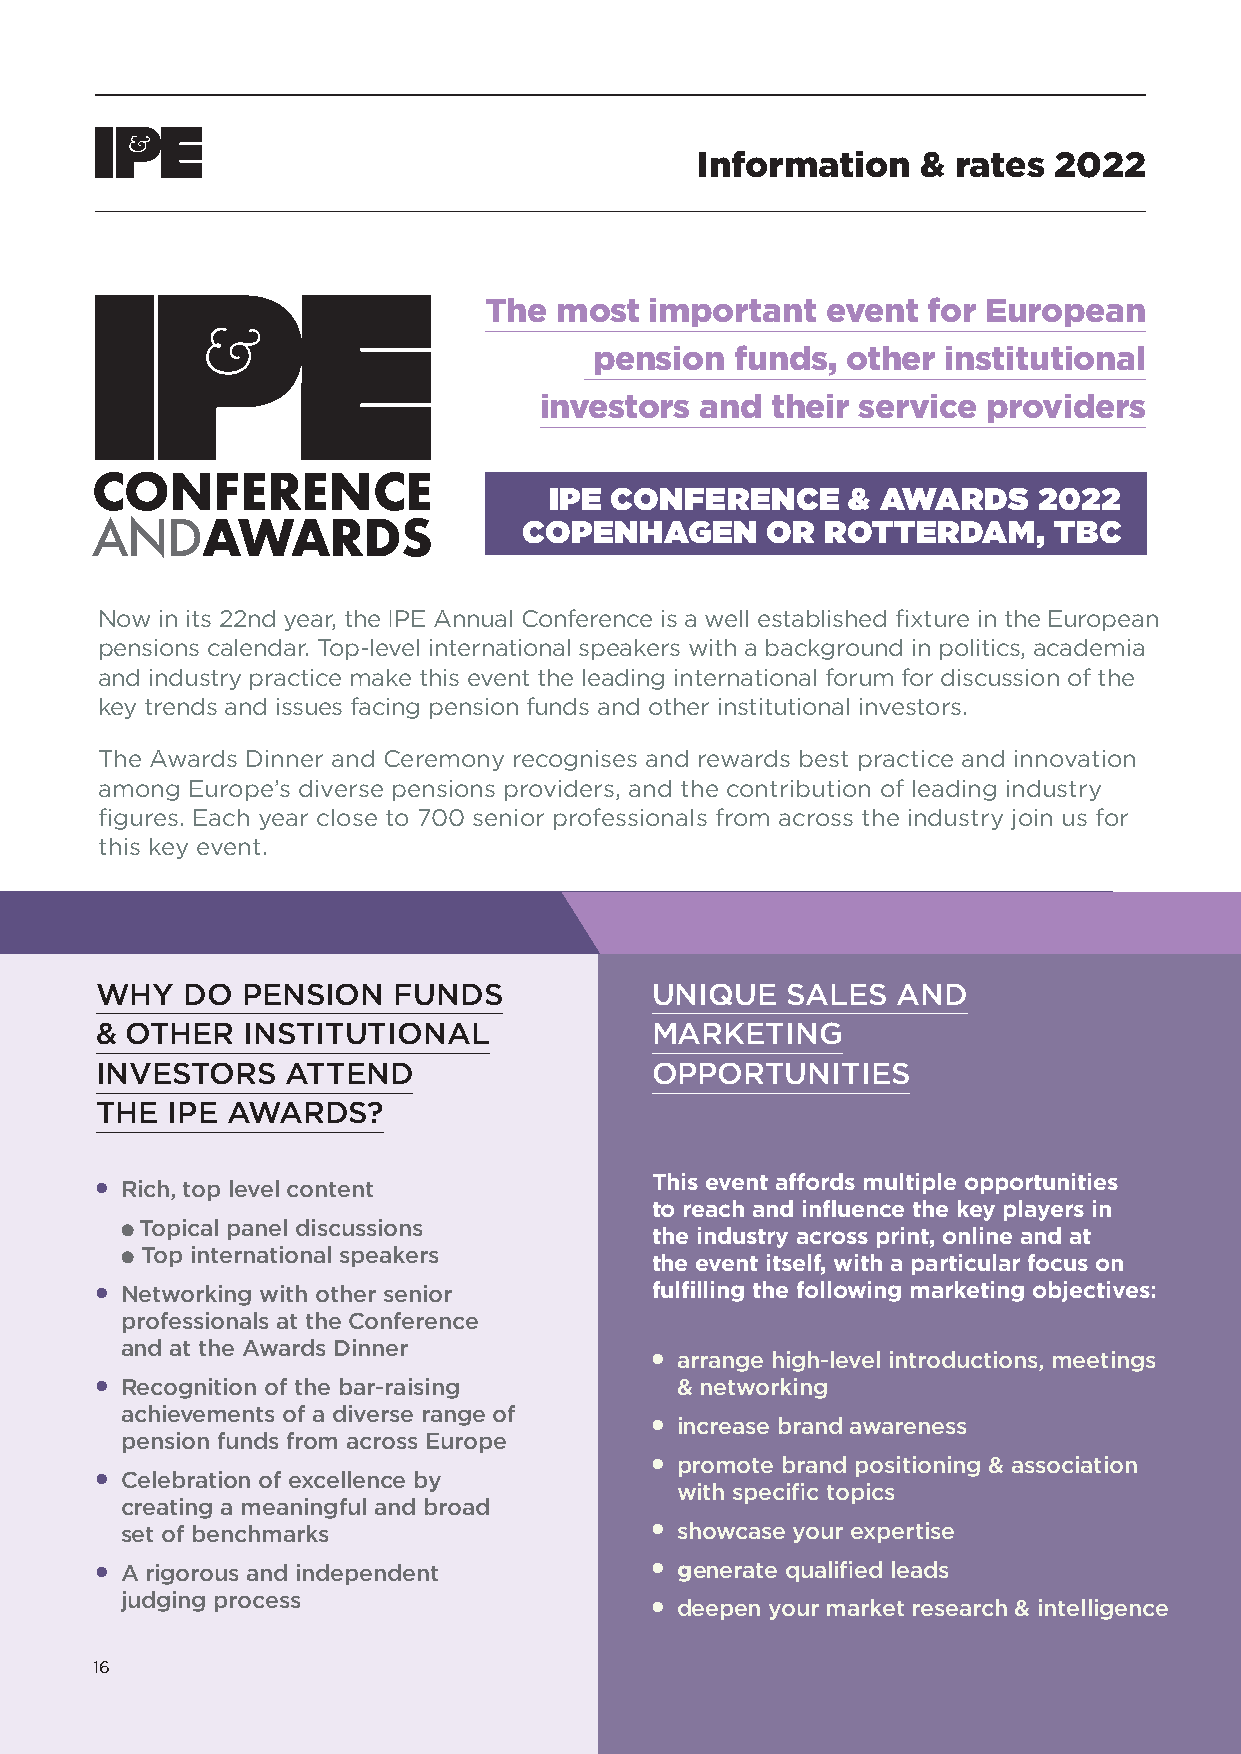
Information    & rates  2022
 The  most  important   event for European
 pension   funds, other  institutional
 investors and  their service providers
 CONFERENCE
 IPE CONFERENCE      & AWARDS     2022
 ANDAWARDS                    COPENHAGEN      OR  ROTTERDAM,     TBC
 Now in its 22nd year, the IPE Annual Conference is a well established fixture in the European
 pensions calendar. Top-level international speakers with a background in politics, academia
 and industry practice make this event the leading international forum for discussion of the
 key trends and issues facing pension funds and other institutional investors.
 The Awards Dinner and Ceremony recognises and rewards best practice and innovation
 among Europe’s diverse pensions providers, and the contribution of leading industry
 figures. Each year close to 700 senior professionals from across the industry join us for
 this key event.
 WHY   DO  PENSION   FUNDS            UNIQUE   SALES  AND
 & OTHER   INSTITUTIONAL              MARKETING
 INVESTORS    ATTEND                  OPPORTUNITIES
 THE  IPE AWARDS?
 This event affords multiple opportunities
 l Rich, top level content
 to reach and influence the key players in
 l Topical panel discussions
 the industry across print, online and at
 l Top international speakers
 the event itself, with a particular focus on
 l Networking with other senior       fulfilling the following marketing objectives:
 professionals at the Conference
 and at the Awards Dinner
 l arrange high-level introductions, meetings
 l Recognition of the bar-raising       & networking
 achievements of a diverse range of
 l increase brand awareness
 pension funds from across Europe
 l promote brand positioning & association
 l Celebration of excellence by
 with specific topics
 creating a meaningful and broad
 set of benchmarks                  l showcase your expertise
 l A rigorous and independent         l generate qualified leads
 judging process
 l deepen your market research & intelligence
 16